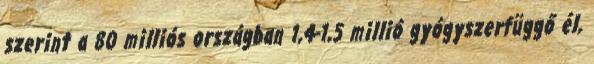
szerint a 80 milliós országban 1,4-1,5 millió gyógyszerfüggő él,